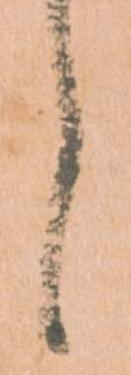
候